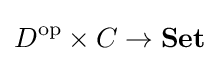
D^{\text{op}}\times C\to \mathbf {Set}